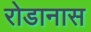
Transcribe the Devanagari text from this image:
रोडानास